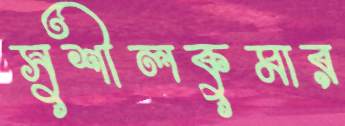
সুশীলকুমার